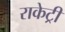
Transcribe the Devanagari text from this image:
राकेट्री